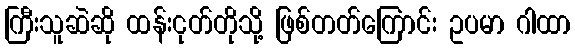
ကြီးသူဆဲဆို ထန်းငုတ်တိုသို့ ဖြစ်တတ်ကြောင်း ဥပမာ ဂါထာ